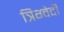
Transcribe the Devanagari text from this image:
त्रिग्वेदी